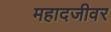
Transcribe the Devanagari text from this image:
महादजीवर